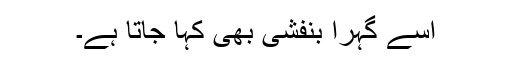
اسے گہرا بنفشی بھی کہا جاتا ہے۔